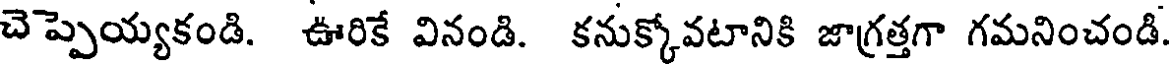
చెప్పెయ్యకండి. ఊరికే వినండి. కనుక్కోవటానికి జాగ్రత్తగా గమనించండి.